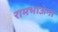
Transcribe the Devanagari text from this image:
रामभाऊंना